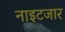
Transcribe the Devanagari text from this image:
नाइटजार